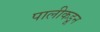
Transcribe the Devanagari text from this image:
पालीकडून